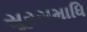
સૂરસમાધિ